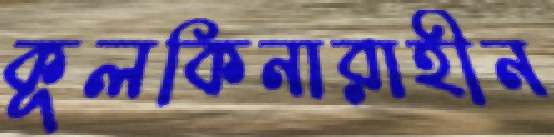
কূলকিনারাহীন